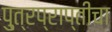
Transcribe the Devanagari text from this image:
पु्त्रप्राप्तीचा